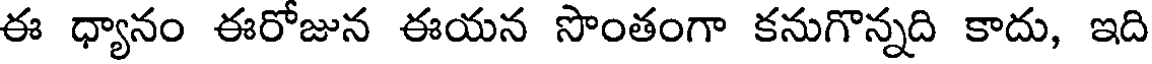
ఈ ధ్యానం ఈరోజున ఈయన సొంతంగా కనుగొన్నది కాదు, ఇది